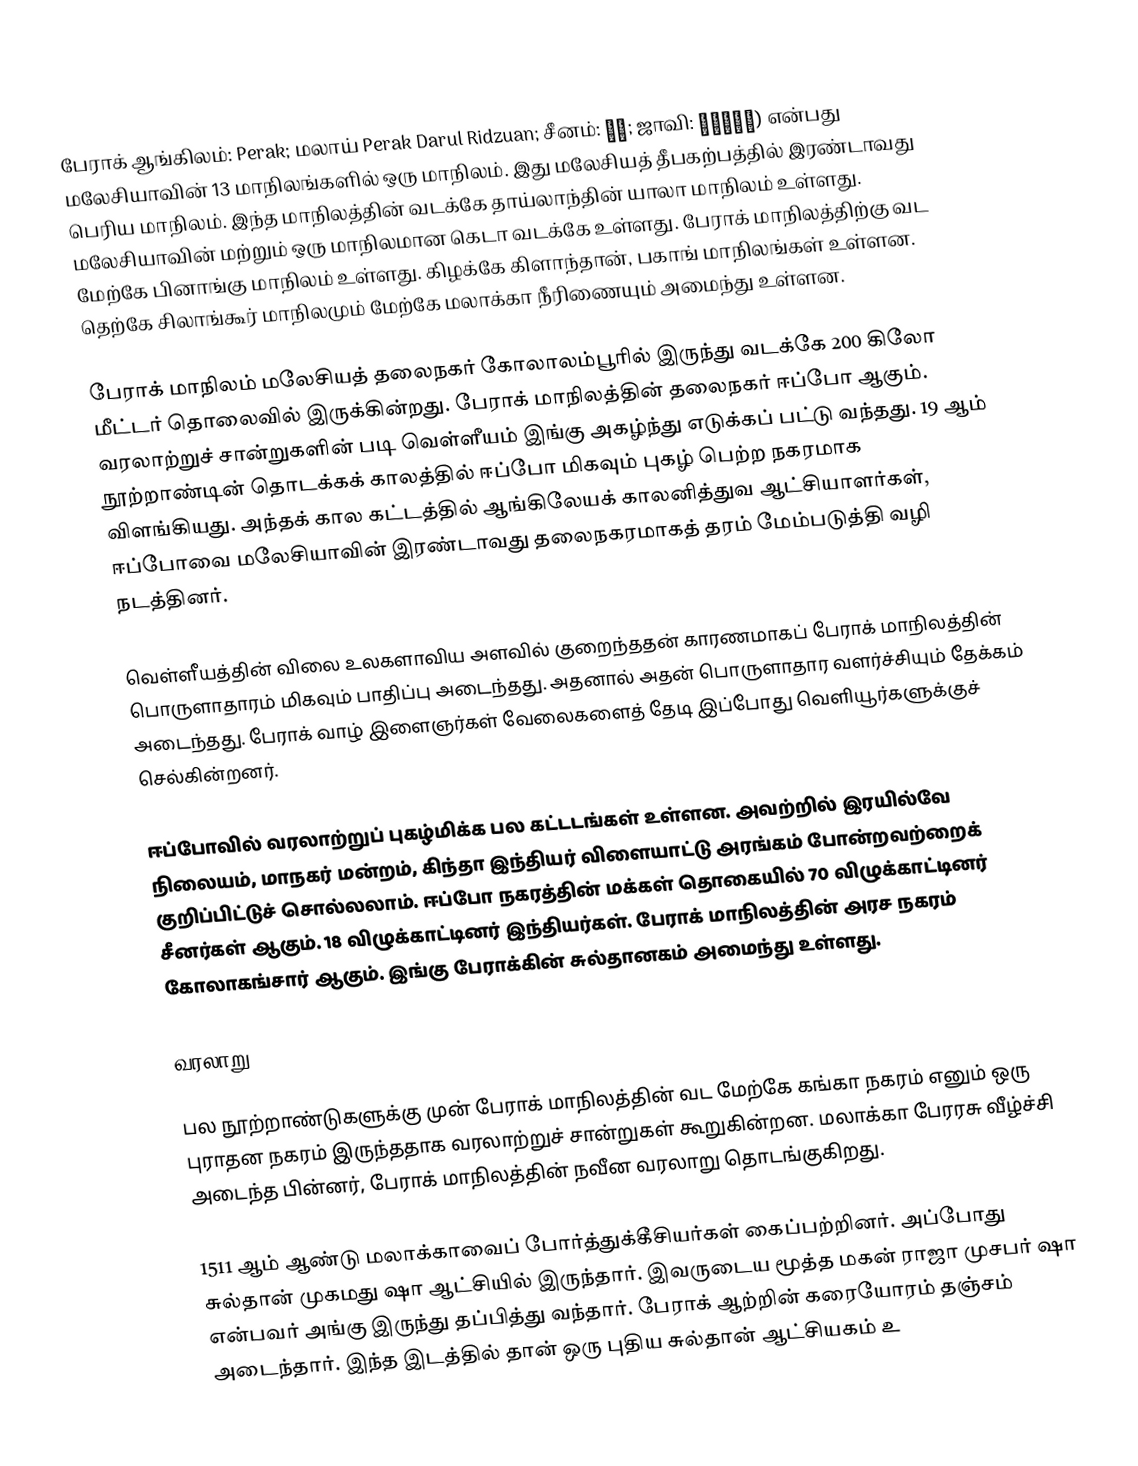
பேராக் ஆங்கிலம்: Perak; மலாய் Perak Darul Ridzuan; சீனம்: 霹雳; ஜாவி: ڤيراق) என்பது மலேசியாவின் 13 மாநிலங்களில் ஒரு மாநிலம். இது மலேசியத் தீபகற்பத்தில் இரண்டாவது பெரிய மாநிலம். இந்த மாநிலத்தின் வடக்கே தாய்லாந்தின் யாலா மாநிலம் உள்ளது. மலேசியாவின் மற்றும் ஒரு மாநிலமான கெடா வடக்கே உள்ளது. பேராக் மாநிலத்திற்கு வட மேற்கே பினாங்கு மாநிலம் உள்ளது. கிழக்கே கிளாந்தான், பகாங் மாநிலங்கள் உள்ளன. தெற்கே சிலாங்கூர் மாநிலமும் மேற்கே மலாக்கா நீரிணையும் அமைந்து உள்ளன.

பேராக் மாநிலம் மலேசியத் தலைநகர் கோலாலம்பூரில் இருந்து வடக்கே 200 கிலோ மீட்டர் தொலைவில் இருக்கின்றது. பேராக் மாநிலத்தின் தலைநகர் ஈப்போ ஆகும். வரலாற்றுச் சான்றுகளின் படி வெள்ளீயம் இங்கு அகழ்ந்து எடுக்கப் பட்டு வந்தது. 19 ஆம் நூற்றாண்டின் தொடக்கக் காலத்தில் ஈப்போ மிகவும் புகழ் பெற்ற நகரமாக விளங்கியது. அந்தக் கால கட்டத்தில் ஆங்கிலேயக் காலனித்துவ ஆட்சியாளர்கள், ஈப்போவை மலேசியாவின் இரண்டாவது தலைநகரமாகத் தரம் மேம்படுத்தி வழி நடத்தினர்.

வெள்ளீயத்தின் விலை உலகளாவிய அளவில் குறைந்ததன் காரணமாகப் பேராக் மாநிலத்தின் பொருளாதாரம் மிகவும் பாதிப்பு அடைந்தது. அதனால் அதன் பொருளாதார வளர்ச்சியும் தேக்கம் அடைந்தது. பேராக் வாழ் இளைஞர்கள் வேலைகளைத் தேடி இப்போது வெளியூர்களுக்குச் செல்கின்றனர்.

ஈப்போவில் வரலாற்றுப் புகழ்மிக்க பல கட்டடங்கள் உள்ளன. அவற்றில் இரயில்வே நிலையம், மாநகர் மன்றம், கிந்தா இந்தியர் விளையாட்டு அரங்கம் போன்றவற்றைக் குறிப்பிட்டுச் சொல்லலாம். ஈப்போ நகரத்தின் மக்கள் தொகையில் 70 விழுக்காட்டினர் சீனர்கள் ஆகும். 18 விழுக்காட்டினர் இந்தியர்கள். பேராக் மாநிலத்தின் அரச நகரம் கோலாகங்சார் ஆகும். இங்கு பேராக்கின் சுல்தானகம் அமைந்து உள்ளது.

வரலாறு

பல நூற்றாண்டுகளுக்கு முன் பேராக் மாநிலத்தின் வட மேற்கே கங்கா நகரம் எனும் ஒரு புராதன நகரம் இருந்ததாக வரலாற்றுச் சான்றுகள் கூறுகின்றன. மலாக்கா பேரரசு வீழ்ச்சி அடைந்த பின்னர், பேராக் மாநிலத்தின் நவீன வரலாறு தொடங்குகிறது.

1511 ஆம் ஆண்டு மலாக்காவைப் போர்த்துக்கீசியர்கள் கைப்பற்றினர். அப்போது சுல்தான் முகமது ஷா ஆட்சியில் இருந்தார். இவருடைய மூத்த மகன் ராஜா முசபர் ஷா என்பவர் அங்கு இருந்து தப்பித்து வந்தார். பேராக் ஆற்றின் கரையோரம் தஞ்சம் அடைந்தார். இந்த இடத்தில் தான் ஒரு புதிய சுல்தான் ஆட்சியகம் உ